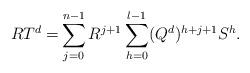
LaTeX: \begin{align*} RT^{d}=&\sum_{j=0}^{n-1}R^{j+1}\sum_{h=0}^{l-1}(Q^d)^{h+j+1}S^{h}. \end{align*}